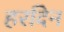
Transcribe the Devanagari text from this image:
हरदिन